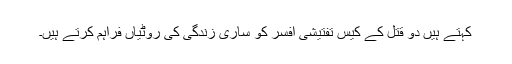
کہتے ہیں دو قتل کے کیس تفتیشی افسر کو ساری زندگی کی روٹیاں فراہم کرتے ہیں۔